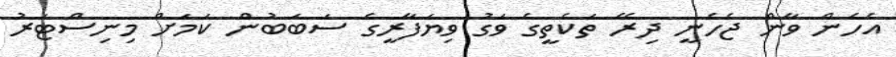
އެހެން ވާން ޖެހެނީ ދިރޭ ތަކެތީގެ ވަގު ވިޔަފާރީގެ ސަބަބުން ކަމަށް މިނިސްޓަރު